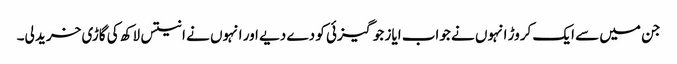
جن میں سے ایک کروڑ انہوں نے جواب ایاز جوگیزئی کو دے دیے اور انہوں نے انتیس لاکھ کی گاڑی خرید لی۔